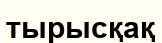
тырысқақ